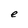
Character: e